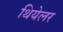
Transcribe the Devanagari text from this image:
थियेलर